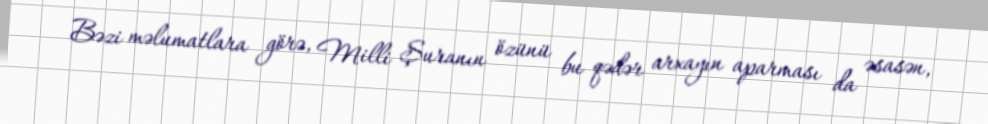
Bəzi məlumatlara görə, Milli Şuranın özünü bu qədər arxayın aparması da əsasən,